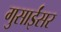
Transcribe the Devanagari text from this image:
गुसाईंसर